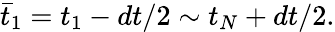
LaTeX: \begin{array}{r}{\bar{t}_{1}={t}_{1}-dt/2\sim{t}_{N}+dt/2.}\end{array}